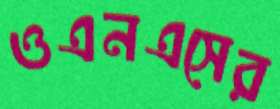
ওএনএসের